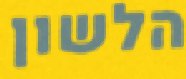
הלשון